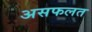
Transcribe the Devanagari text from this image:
असफलत